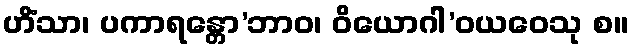
ဟိံသာ၊ ပကာရန္တော’ဘာဝ၊ ဝိယောဂါ’ဝယဝေသု စ။